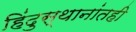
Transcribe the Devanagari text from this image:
हिंदुस्थानांतही